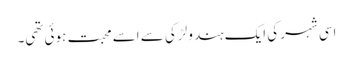
اسی شہر کی ایک ہندو لڑکی سے اسے محبت ہوئی تھی۔